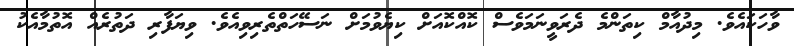
ވާހަކައެވެ. މިދުއާމް ކިތަންމެ ދެރަވީނަމަވެސް ކޮއްކޮއަށް ކިޔެވުމަށް ނަސޭހަތްތެރިވިއެވެ. ވިޔަފާރި ދަތުރެއް އޮތުމާއެކު